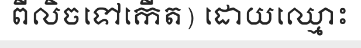
ពីលិចទៅកើត) ដោយឈ្មោះ